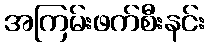
အကြမ်းဖက်စီးနင်း